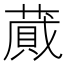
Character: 蕆